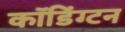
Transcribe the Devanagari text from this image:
कॉडिंग्टन